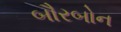
બૌરબોન